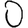
Digit: 0